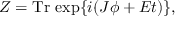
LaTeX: Z = \mathrm { T r } \, \exp \{ i ( J \phi + E t ) \} ,